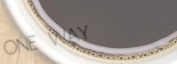
ONE WAY